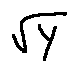
\sqrt { Y }